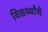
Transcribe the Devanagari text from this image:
विद्यर्थ्यांचे